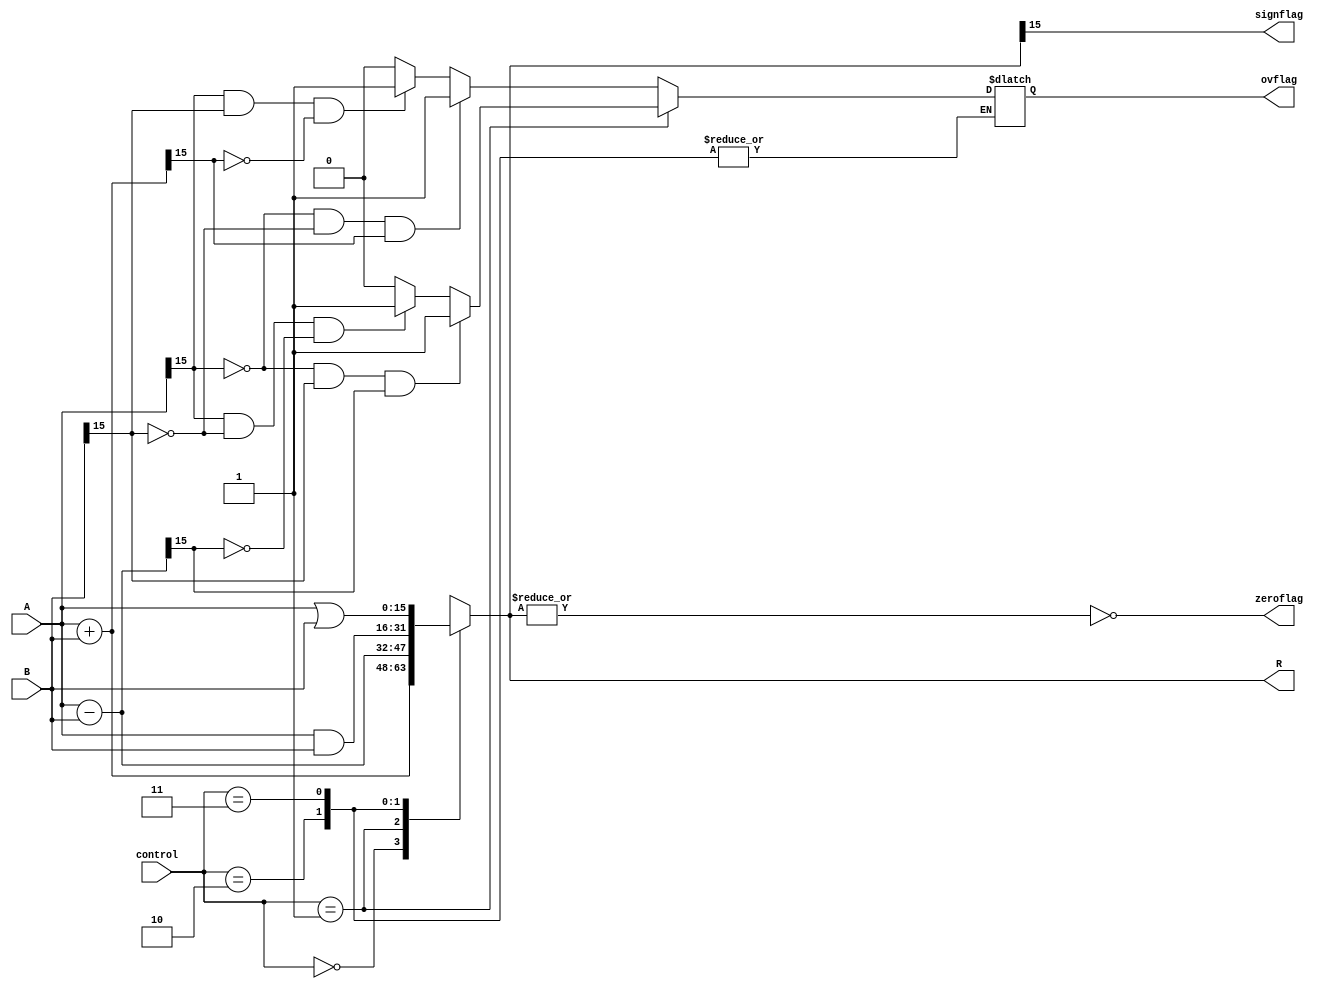
module alu_dut #(parameter data_width=16) 
    (
	input wire signed [data_width-1:0] A, B,  // Input
	input [1:0] control,  // Control signal 
	output [data_width-1:0] R, // Result 
	output wire ovflag,    // Overflow flag
	output wire signflag,  // Sign flag
	output wire zeroflag   // Zero flag
    );

    reg signed [data_width+data_width:0] process_reg;  // twice big reg to hold process Result R
    reg overflow_reg; //  Temp reg for overflow
    assign signflag = process_reg[data_width-1];    // Assign sign flag
    assign zeroflag = ~|process_reg[data_width-1:0];  // bitwise nor to check zero
    assign R = process_reg;    // Processed reg to output R
    assign ovflag = overflow_reg;   // aasign overflow temp reg to overflow flag 

	always@(A,B,control)
	begin
		case(control)
		2'b00:begin	// Addition of A & B when control line = 00.
			process_reg = A + B;
            if ((A[data_width-1] == 1'b0 && B[data_width-1] == 1'b0) && (process_reg[data_width-1] == 1'b1)) // check over flow for addition (+A add to +B is = - Result)
                 begin
                     overflow_reg = 1'b1;  // Set overflow flag to one
                  end
                else if ((A[data_width-1] == 1'b1 && B[data_width-1] == 1'b1) && (process_reg[data_width-1] == 1'b0)) // check over flow for addition (-A add to -B is = + Result) 
                   begin
                    overflow_reg = 1'b1;  // Set overflow flag to one
                   end   
                else 
                   begin 
                     overflow_reg = 1'b0;  // else set overflow flag to zero
                   end
		end
		2'b01:begin	// Subtraction of A & B when control line = 01.
			    process_reg = A - B;
                 if ((A[data_width-1] == 1'b0 && B[data_width-1] == 1'b1) && (process_reg[data_width-1] == 1'b1))  // check over flow at subtraction (+A subtract -B is = -Result)
                    begin
                        overflow_reg = 1'b1; // Set overflow flag to one
                    end
                    else if ((A[data_width-1] == 1'b1 && B[data_width-1] == 1'b0) && (process_reg[data_width-1] == 1'b0)) // check over flow subtraction (-A subtract +B is = + result) 
                        begin
                        overflow_reg = 1'b1; // Set overflow flag to one
                        end
                    else
                        begin 
                        overflow_reg = 1'b0; // else set overflow flag to zero
                        end   
		end
		2'b10:begin	// Bitwise And of A & B when control line = 10.
			process_reg = A & B;
		end
		2'b11:begin	// Bitwise Or of A & B when control = 11.
			process_reg = A | B;
		end 
		endcase //control
    end //always
endmodule